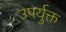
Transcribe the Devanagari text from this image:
उपर्युक्त